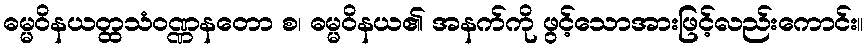
ဓမ္မဝိနယတ္ထသံဝဏ္ဏနတော စ၊ ဓမ္မဝိနယ၏ အနက်ကို ဖွင့်သောအားဖြင့်လည်းကောင်း။